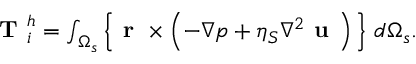
\begin{array} { r } { \textbf { T } _ { i } ^ { h } = \int _ { \Omega _ { s } } \Big \{ \textbf { r } \times \left( - \nabla p + \eta _ { S } \nabla ^ { 2 } \textbf { u } \right) \Big \} ~ d \Omega _ { s } . } \end{array}